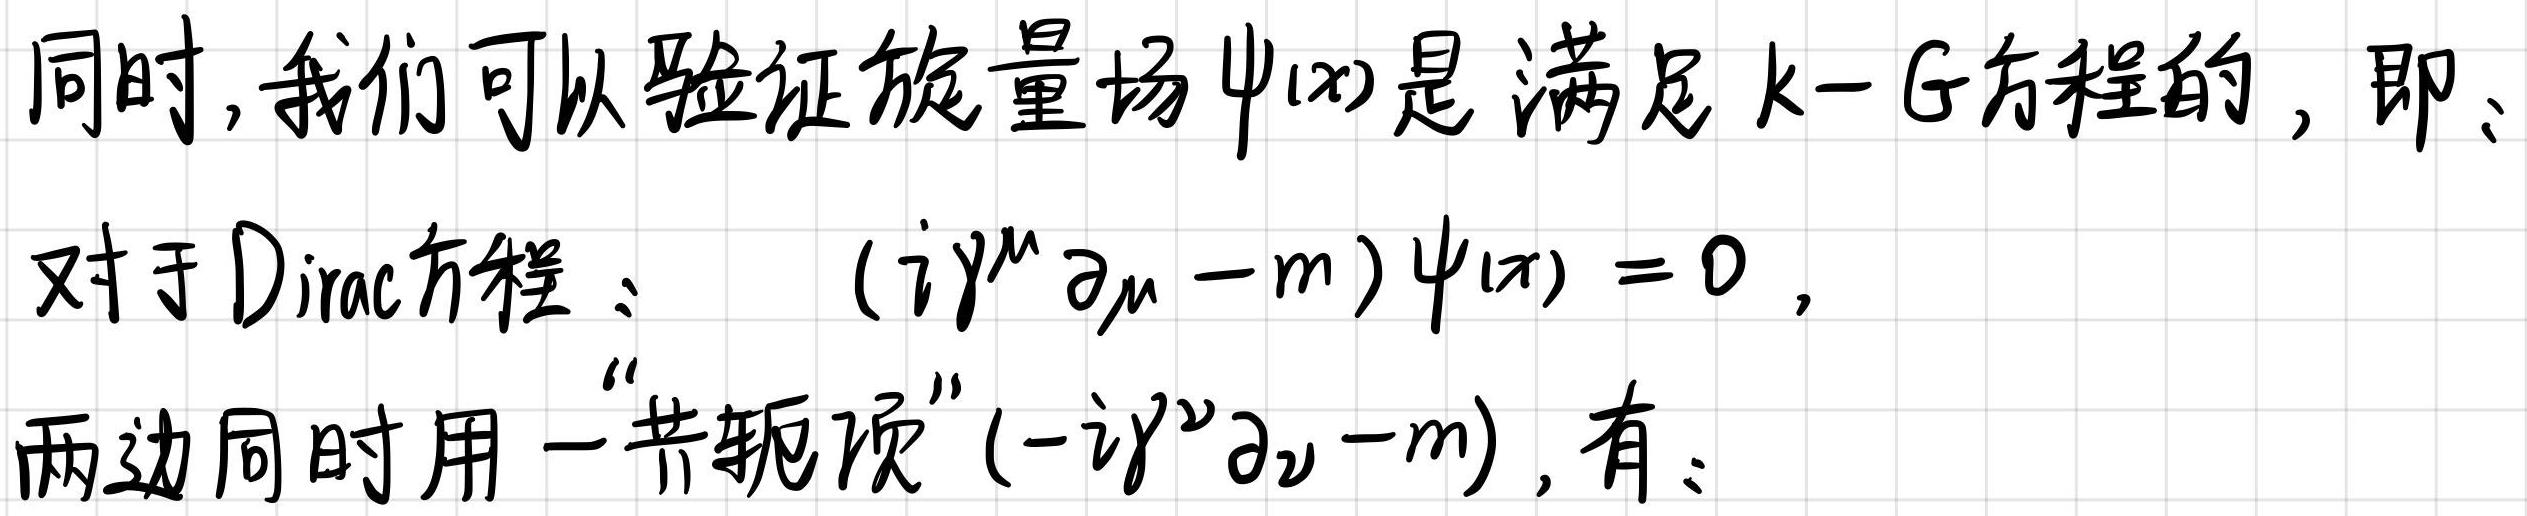
同时,我们可以验证旋量场$\psi(x)$是满足$k - G$方程的,即:
对于Dirac方程：\((i\gamma^{\mu}\partial_{\mu}-m)\psi(x)=0\),
两边同时用一“共轭项”\((-i\gamma^{\nu}\partial_{\nu}-m)\),有：